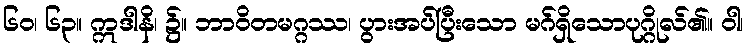
၆၀၊ ၆၃။ ဣဒါနိ၊ ၌။ ဘာဝိတမဂ္ဂဿ၊ ပွားအပ်ပြီးသော မဂ်ရှိသောပုဂ္ဂိုလ်၏။ ဝါ၊